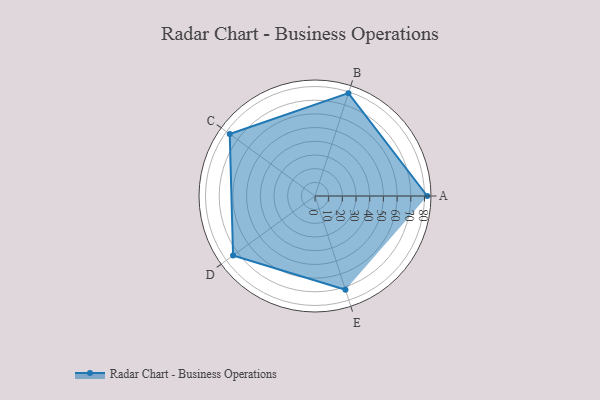
{"axis": {"x": "Skill", "y": "Score"}, "legend": ["Profile"], "data": [{"x": "A", "y": 82.0, "type": "Profile"}, {"x": "B", "y": 79.0, "type": "Profile"}, {"x": "C", "y": 77.0, "type": "Profile"}, {"x": "D", "y": 74.0, "type": "Profile"}, {"x": "E", "y": 72.0, "type": "Profile"}]}